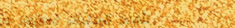
تأمين المركبات الموثوق به